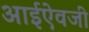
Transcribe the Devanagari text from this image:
आईऐवजी